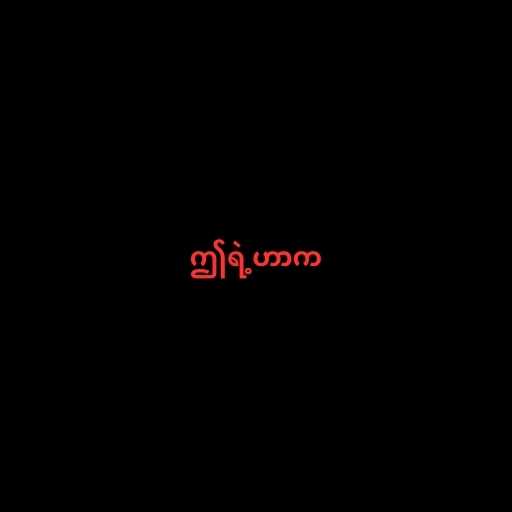
ဤရဲ့ဟာက